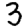
Digit: 3